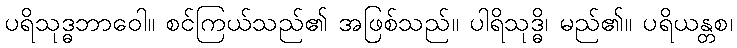
ပရိသုဒ္ဓဘာဝေါ။ စင်ကြယ်သည်၏ အဖြစ်သည်။ ပါရိသုဒ္ဓိ၊ မည်၏။ ပရိယန္တစ၊